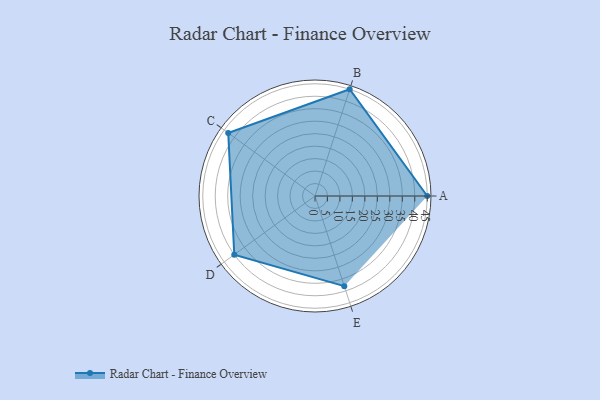
{"axis": {"x": "Skill", "y": "Score"}, "legend": ["Profile"], "data": [{"x": "A", "y": 45.0, "type": "Profile"}, {"x": "B", "y": 45.0, "type": "Profile"}, {"x": "C", "y": 43.0, "type": "Profile"}, {"x": "D", "y": 40.0, "type": "Profile"}, {"x": "E", "y": 38.0, "type": "Profile"}]}